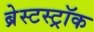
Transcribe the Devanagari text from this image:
ब्रेस्टस्ट्रॉक